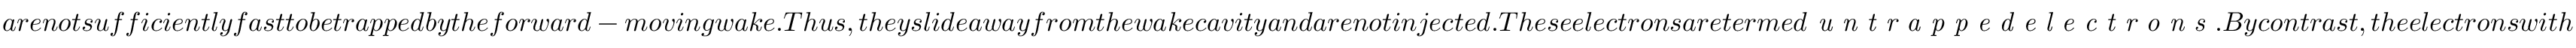
a r e n o t s u f f i c i e n t l y f a s t t o b e t r a p p e d b y t h e f o r w a r d - m o v i n g w a k e . T h u s , t h e y s l i d e a w a y f r o m t h e w a k e c a v i t y a n d a r e n o t i n j e c t e d . T h e s e e l e c t r o n s a r e t e r m e d \textit { u n t r a p p e d e l e c t r o n s } . B y c o n t r a s t , t h e e l e c t r o n s w i t h